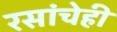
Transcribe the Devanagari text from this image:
रसांचेही